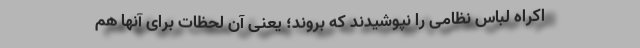
اکراه لباس نظامی را نپوشیدند که بروند؛ یعنی آن لحظات برای آنها هم